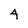
Character: 4